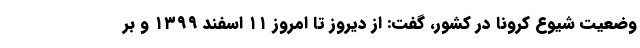
وضعیت شیوع کرونا در کشور، گفت: از دیروز تا امروز ۱۱ اسفند ۱۳۹۹ و بر